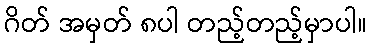
ဂိတ် အမှတ် ၈ပါ တည့်တည့်မှာပါ။